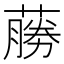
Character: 蕂